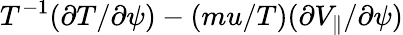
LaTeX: T^{-1}(\partial T/\partial\psi)-(mu/T)(\partial V_{\parallel}/\partial\psi)